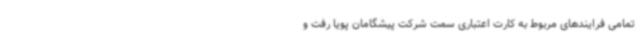
تمامی فرایندهای مربوط به کارت اعتباری سمت شرکت پیشگامان پویا رفت و